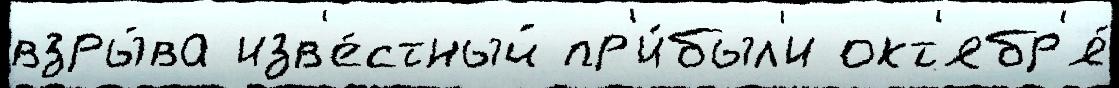
взры́ва изв'е́стный пр'и́был'и окт'ябр'я́